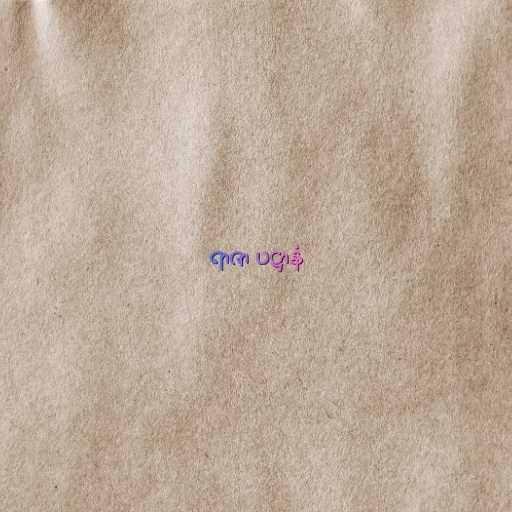
ရာဇာ ပဋ္ဌာနံ